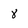
Character: 8